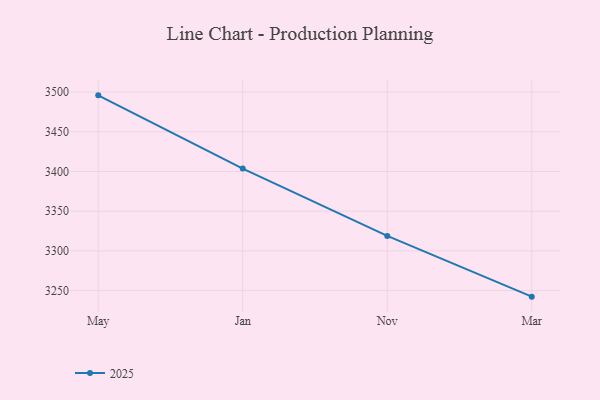
{"axis": {"x": "Month", "y": "Energy Usage (MWh)"}, "legend": ["2025"], "data": [{"x": "May", "y": 3495.8, "type": "2025"}, {"x": "Jan", "y": 3403.6, "type": "2025"}, {"x": "Nov", "y": 3318.9, "type": "2025"}, {"x": "Mar", "y": 3242.4, "type": "2025"}]}